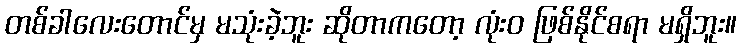
တစ်ခါလေးတောင်မှ မသုံးခဲ့ဘူး ဆိုတာကတော့ လုံးဝ ဖြစ်နိုင်စရာ မရှိဘူး။